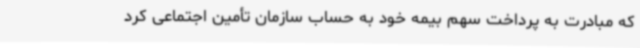
که مبادرت به پرداخت سهم بیمه خود به حساب سازمان تأمین اجتماعی کرد